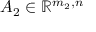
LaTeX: A _ { 2 } \in \mathbb { R } ^ { m _ { 2 } , n }